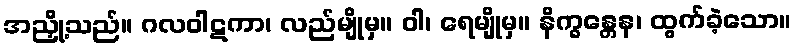
အညှို့သည်။ ဂလဝါဋကာ၊ လည်မျိုမှ။ ဝါ၊ ရေမျိုမှ။ နိက္ခန္တေန၊ ထွက်ခဲ့သော။